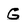
Character: G